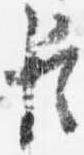
臣